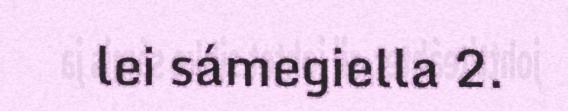
lei sámegiella 2.